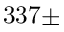
3 3 7 \pm